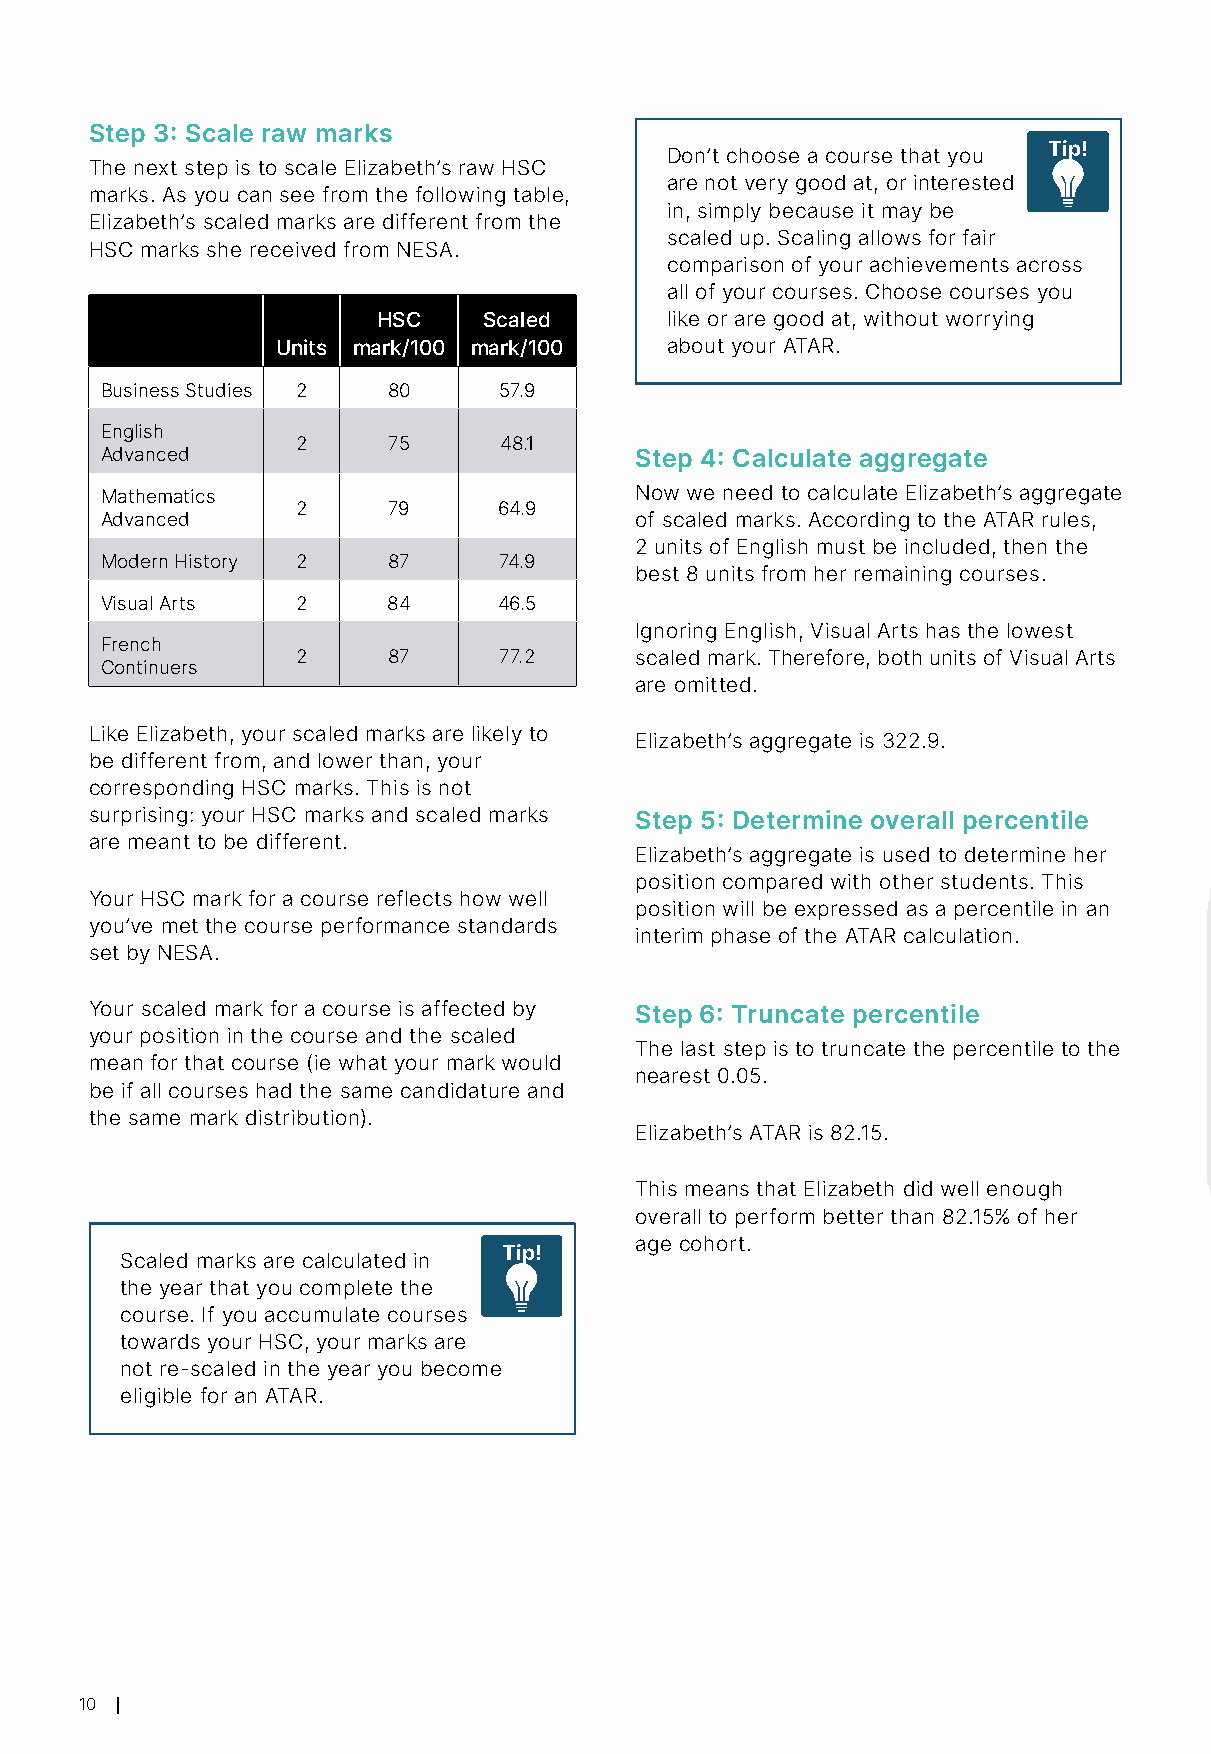
Step 3: Scale raw marks
 Tip!
 Don’t choose a course that you
 The next step is to scale Elizabeth’s raw HSC
 are not very good at, or interested
 marks. As you can see from the following table,
 in, simply because it may be
 Elizabeth’s scaled marks are different from the
 scaled up. Scaling allows for fair
 HSC marks she received from NESA.
 comparison of your achievements across
 all of your courses. Choose courses you
 HSC    Scaled      like or are good at, without worrying
 Units mark/100 mark/100   about your ATAR.
 Business Studies 2 80     57.9
 English
 2     75     48.1
 Advanced                           Step 4: Calculate aggregate
 Mathematics                        Now we need to calculate Elizabeth’s aggregate
 2     79     64.9
 Advanced                           of scaled marks. According to the ATAR rules,
 2 units of English must be included, then the
 Modern History 2   87     74.9
 best 8 units from her remaining courses.
 Visual Arts  2     84     46.5
 Ignoring English, Visual Arts has the lowest
 French
 2     87     77.2     scaled mark. Therefore, both units of Visual Arts
 Continuers
 are omitted.
 Like Elizabeth, your scaled marks are likely to
 Elizabeth’s aggregate is 322.9.
 be different from, and lower than, your
 corresponding HSC marks. This is not
 surprising: your HSC marks and scaled marks Step 5: Determine overall percentile
 are meant to be different.
 Elizabeth’s aggregate is used to determine her
 position compared with other students. This
 Your HSC mark for a course reflects how well
 position will be expressed as a percentile in an
 you’ve met the course performance standards
 interim phase of the ATAR calculation.
 set by NESA.
 Your scaled mark for a course is affected by Step 6: Truncate percentile
 your position in the course and the scaled
 The last step is to truncate the percentile to the
 mean for that course (ie what your mark would
 nearest 0.05.
 be if all courses had the same candidature and
 the same mark distribution).
 Elizabeth’s ATAR is 82.15.
 This means that Elizabeth did well enough
 overall to perform better than 82.15% of her
 age cohort.
 Tip!
 Scaled marks are calculated in
 the year that you complete the
 course. If you accumulate courses
 towards your HSC, your marks are
 not re-scaled in the year you become
 eligible for an ATAR.
 10